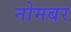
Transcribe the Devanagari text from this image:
नोमबर